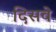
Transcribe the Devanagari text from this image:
दिसवे